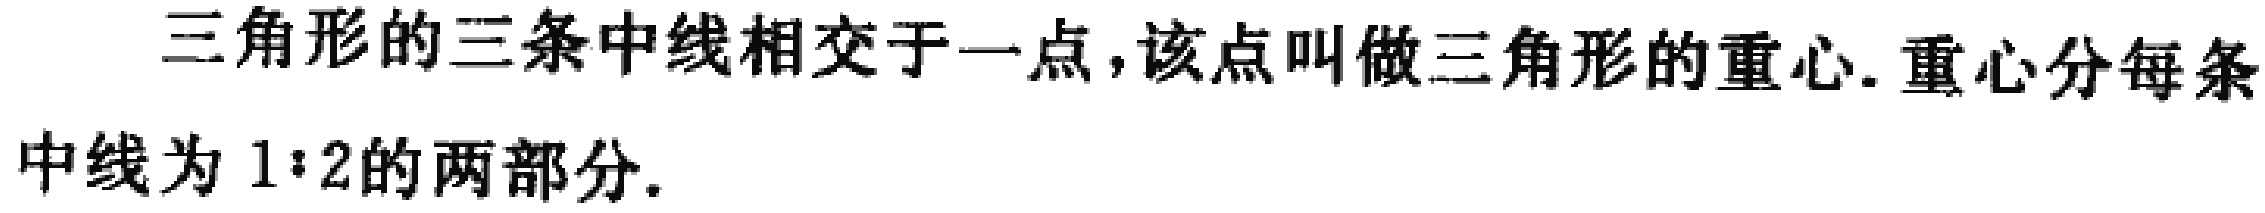
三角形的三条中线相交于一点,该点叫做三角形的重心.重心分每条中线为 \(1:2\) 的两部分.